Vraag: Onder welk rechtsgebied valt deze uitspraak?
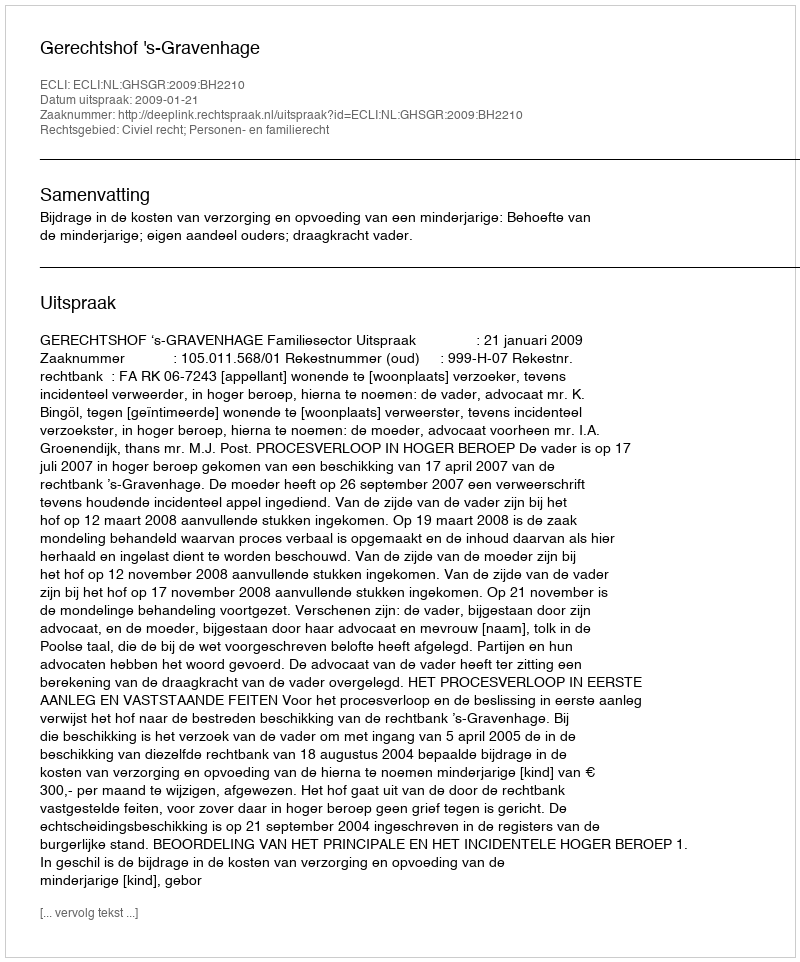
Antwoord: Civiel recht; Personen- en familierecht